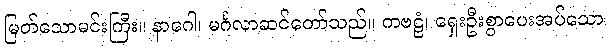
မြတ်သောမင်းကြီး။ နာဂေါ၊ မင်္ဂလာဆင်တော်သည်။ ကဗဠံ၊ ရှေးဦးစွာပေးအပ်သော